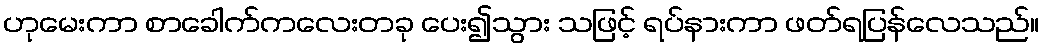
ဟုမေးကာ စာခေါက်ကလေးတခု ပေး၍သွား သဖြင့် ရပ်နားကာ ဖတ်ရပြန်လေသည်။